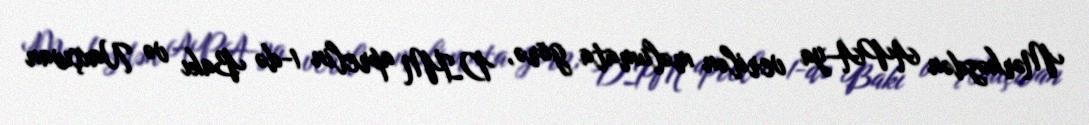
Mərkəzdən APA-ya verilən məlumata görə, DİM aprelin 1-də Bakı və Naxçıvan